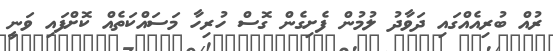
ރުއް ބުރިއެއްގައި ދަވާދު ލުމުން ފެށިގެން ގޮސް ހުރިހާ މަސައްކަތެއް ކޮށްފައި ވަނީ